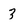
Character: 3